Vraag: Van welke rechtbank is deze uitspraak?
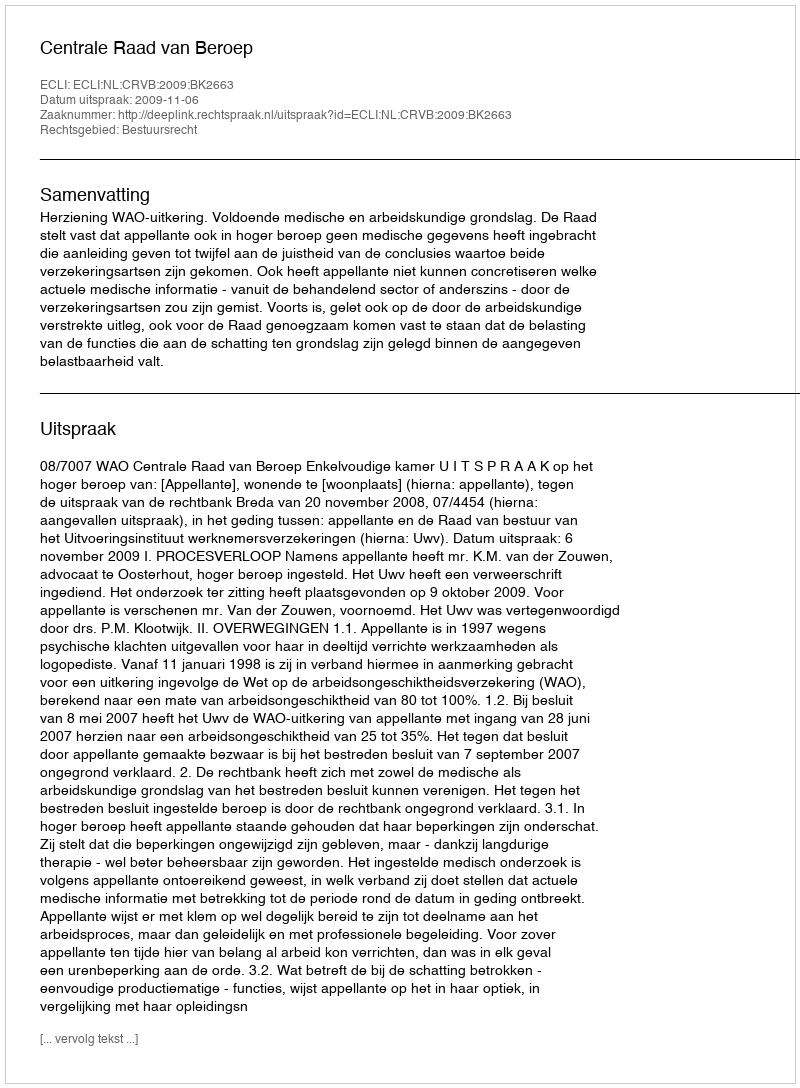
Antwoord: Centrale Raad van Beroep